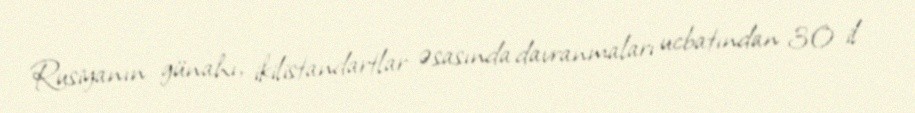
Rusiyanın günahı, ikilistandartlar əsasında davranmaları ucbatından 30 il